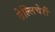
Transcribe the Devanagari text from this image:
तेल्लिचेर्री